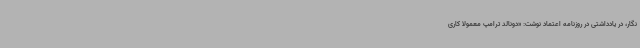
‌نگار، در یادداشتی در روزنامه اعتماد نوشت: «دونالد ترامپ معمولا کاری